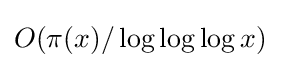
O(\pi (x)/\log \log \log x)